Annual report on the Civil Veterinary Department, Burma (including the Insein Veterinary School) - 1932-1941
Year: 1932
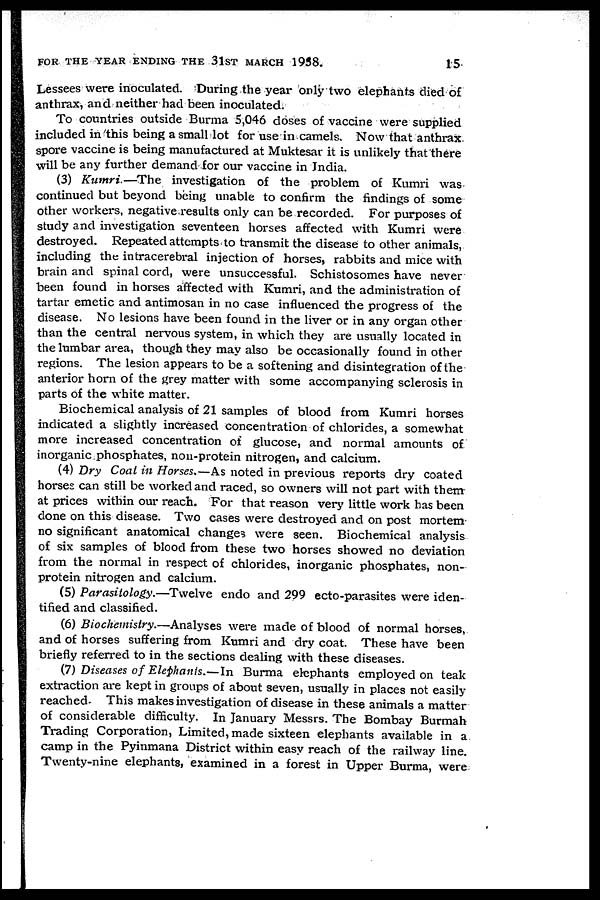
FOR THE YEAR ENDING THE 31ST MARCH 1938.
15
Lessees were inoculated. During the year only two elephants died of
anthrax, and neither had been inoculated.
To countries outside Burma 5,046 doses of vaccine were supplied
included in this being a small lot for use in camels. Now that anthrax
spore vaccine is being manufactured at Muktesar it is unlikely that there
will be any further demand for our vaccine in India.
(3) Kumri.—The
investigation of the problem of Kumri was
continued but beyond being unable to confirm the findings of some
other workers, negative results only can be recorded. For purposes of
study and investigation seventeen horses affected with Kumri were
destroyed. Repeated attempts to transmit the disease to other animals,
including the intracerebral injection of horses, rabbits and mice with
brain and spinal cord, were unsuccessful. Schistosomes have never
been found in horses affected with Kumri, and the administration of
tartar emetic and antimosan in no case influenced the progress of the
disease. No lesions have been found in the liver or in any organ other
than the central nervous system, in which they are usually located in
the lumbar area, though they may also be occasionally found in other
regions. The lesion appears to be a softening and disintegration of the
anterior horn of the grey matter with some accompanying sclerosis in
parts of the white matter.
Biochemical analysis of 21 samples of blood from Kumri horses
indicated a slightly increased concentration of chlorides, a somewhat
more increased concentration of glucose, and normal amounts of
inorganic phosphates, non-protein nitrogen, and calcium.
(4) Dry Coat in Horses.—As noted in previous reports dry coated
horses can still be worked and raced, so owners will not part with them
at prices within our reach. For that reason very little work has been
done on this disease. Two cases were destroyed and on post mortem
no significant anatomical changes were seen. Biochemical analysis
of six samples of blood from these two horses showed no deviation
from the normal in respect of chlorides, inorganic phosphates, non-
protein nitrogen and calcium.
(5) Parasitology.—Twelve endo and 299 ecto-parasites were iden-
tified and classified.
(6) Biochemistry.—Analyses were made of blood of normal horses,
and of horses suffering from Kumri and dry coat. These have been
briefly referred to in the sections dealing with these diseases.
(7) Diseases of Elephants.—In Burma elephants employed on teak
extraction are kept in groups of about seven, usually in places not easily
reached- This makes investigation of disease in these animals a matter
of considerable difficulty. In January Messrs. The Bombay Burmah
Trading Corporation, Limited, made sixteen elephants available in a
camp in the Pyinmana District within easy reach of the railway line.
Twenty-nine elephants, examined in a forest in Upper Burma, were